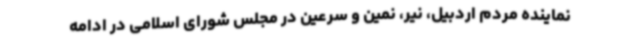
نماینده مردم اردبیل، نیر، نمین و سرعین در مجلس شورای اسلامی در ادامه